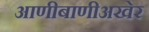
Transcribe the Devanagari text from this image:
आणीबाणीअखेर